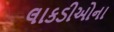
લાકડીઓના